On a parasite found in the white corpuscles of the blood of palm squirrels - Number 24
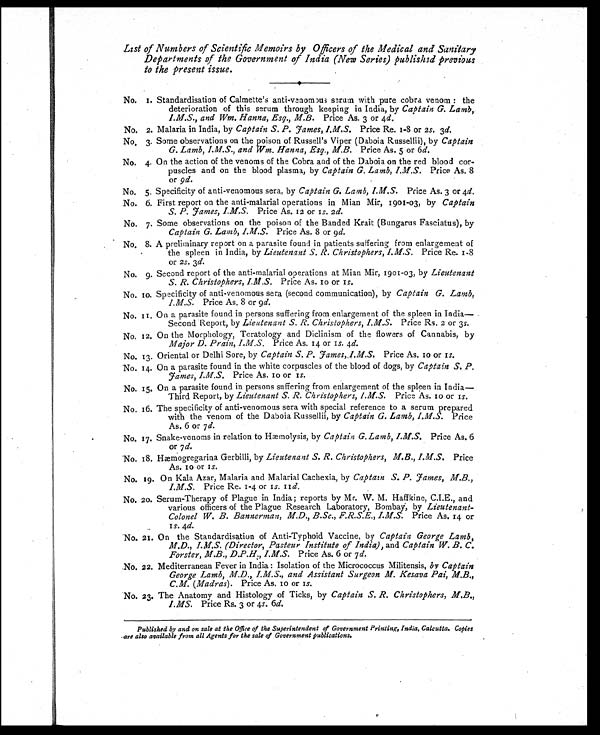
List of Numbers of Scientific Memoirs by Officers of the Medical and Sanitary
Departments of the Government of India (New Series) published previous
to the present issue.
No. 1. Standardisation of Calmette's anti-vanomous serum with pure cobra venom : the
deterioration of this serum through keeping in India, by Captain G. Lamb,
I.M.S., and Wm. Hanna, Esq., M.B. Price As. 3 or 4 d.
No. 2. Malaria in India, by Captain S. P. J ames, I.M.S. Price Re. 1-8 or 2s. 3d.
No. 3. Some observations on the poison of Russell's Viper (Daboia Russellii), by Captain
G. Lamb, I.M.S., and Wm. Hanna, Esq., M.B. Price As. 5 or 6 d.
No. 4. On the action of the venoms of the Cobra and of the Daboia on the red blood cor-
puscles and on the blood plasma, by Captain G. Lamb, I.M.S. Price As. 8
or 9d .
No. 5. Specificity of anti-venomous sera, by Captain G. Lamb, I.M.S.
Price As. 3 or 4d.
No. 6. First report on the anti-malarial operations in Mian Mir, 1901-03, by Captain
S. P. J ames, I.M.S. Price As. 12 or 1s. 2 d.
No. 7. Some observations on the poison of the Banded Krait (Bungarus Fasciatus), by
Captain G. Lamb, I.M.S.
Price As. 8 or 9 d.
No. 8. A preliminary report on a parasite found in patients suffering from enlargement of
the spleen in India, by Lieutenant S. R. Christophers, I.M.S. Price Re. 1-8
or 2s. 3d.
No. 9. Second report of the anti-malarial operations at Mian Mir, 1901-03, by Lieutenant
S. R. Christophers, I.M.S. Price As, 10 or 1s.
No. 10. Specificity of anti-venomous sera (second communication), by Captain G. Lamb,
I.M.S. Price As. 8 or 9 d.
No. 11. On a parasite found in persons suffering from enlargement of the spleen in India—
Second Report, by Lieutenant S. R. Christophers, I.M.S. Price Rs. 2 or 3 s.
No. 12. On the Morphology, Teratology and Diclinism of the flowers of Cannabis, by
Major D. Prain, I.M.S. Price As. 14 or 1s. 4d.
No. 13. Oriental or Delhi Sore, by Captain S. P. James, I.M.S. Price As. 10 or 1s.
No. 14. On a parasite found in the white corpuscles of the blood of dogs, by Captain S. P.
James, I.M.S. Price As. 10 or 1s.
No. 15. On a parasite found in persons suffering from enlargement of the spleen in India
—Third Report, by Lieutenant S. R. Christophers, I.M.S. Price As. 10 or 1s.
No. 16. The specificity of anti-venomous sera with special reference to a serum prepared
with the venom of the Daboia Russellii, by Captain G. Lamb, I.M.S. Price
As. 6 or 7 d.
No. 17. Snake-venoms in relation to Hæmolysis, by Captain G. Lamb, I.M.S. Price As. 6
or 7 d.
No. 18. Hæmogregarina Gerbilli, by Lieutenant S. R. Christophers, M.B., I.M.S. Price
As. 10 or 1s.
No. 19. On Kala Azar, Malaria and Malarial Cachexia, by Captain S. P. J ames, M.B.,
I.M.S. Price Re. 1-4 or 1s. 11d.
No. 20. Serum-Therapy of Plague in India; reports by Mr. W. M. Haffkine, C.I.E., and
various officers of the Plague Research Laboratory, Bombay, by Lieutenant-
Colonel W. B. Bannerman, M.D., B.Sc., F.R.S.E., I.M.S. Price As. 14 or
1s . 4d.
No. 21. On the Standardisation of Anti-Typhoid Vaccine, by Captain George Lamb,
M.D., I.M.S. (Director, Pasteur Institute of India), and Captain W. B. C.
Forster, M.B., D.P.H:, I.M.S. Price As. 6 or 7 d.
No. 22. Mediterranean Fever in India : Isolation of the Micrococcus Militensis, by Captain
George Lamb, M.D., I.M.S., and Assistant Surgeon M. Kesava Pai, M.B.,
C.M. (Madras). Price As. 10 or 1s.
No. 23. The Anatomy and Histology of Ticks, by Captain S. R. Christophers, M.B.,
I.MS. Price Rs. 3 or 4s. 6d.
Published by and on sale at the Office of the Superintendent of Government Printing, India, Calcutta. Copies
are also available from all Agents for the sale of Government publications.